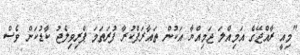
"މިއީ ރާއްޖޭގެ އަމިއްލަ ޖަމިއްޔާ އަކުން ތައާރަފްކުރާ ފުރަތަމަ ޕްރިވިލެޖު ކާޑުކަން ވެސް